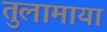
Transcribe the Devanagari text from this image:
तुलामाया